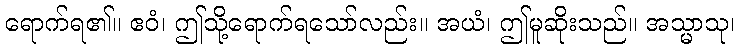
ရောက်ရ၏။ ဧဝံ၊ ဤသို့ရောက်ရသော်လည်း။ အယံ၊ ဤမူဆိုးသည်။ အသ္မာသု၊